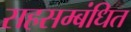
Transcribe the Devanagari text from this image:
सहसम्बंधित